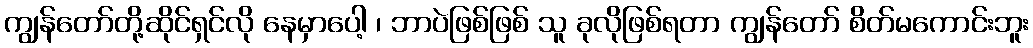
ကျွန်တော်တို့ဆိုင်ရှင်လို နေမှာပေါ့ ၊ ဘာပဲဖြစ်ဖြစ် သူ ခုလိုဖြစ်ရတာ ကျွန်တော် စိတ်မကောင်းဘူး